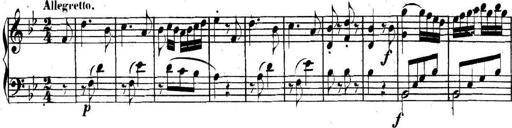
Title: Collected Piano Sonatas
Composer: Muzio Clementi